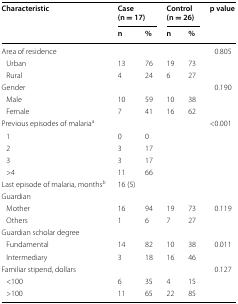
| <ROWSPAN=2> Characteristic | <COLSPAN=2> Case (n = 17) | <COLSPAN=2> Control (n = 26) | <ROWSPAN=2> p value |
 | n | % | n | % |
 | --- | --- | --- | --- | --- | --- |
 | Area of residence |  |  |  |  | 0.805 |
 | Urban | 13 | 76 | 19 | 73 |  |
 | Rural | 4 | 24 | 6 | 27 |  |
 | Gender |  |  |  |  | 0.190 |
 | Male | 10 | 59 | 10 | 38 |  |
 | Female | 7 | 41 | 16 | 62 |  |
 | Previous episodes of malariaa |  |  |  |  | <0.001 |
 | 1 | 0 | 0 |  |  |  |
 | 2 | 3 | 17 |  |  |  |
 | 3 | 3 | 17 |  |  |  |
 | >4 | 11 | 66 |  |  |  |
 | Last episode of malaria, monthsb | 16 (5) |  |  |  |  |
 | Guardian |  |  |  |  |  |
 | Mother | 16 | 94 | 19 | 73 | 0.119 |
 | Others | 1 | 6 | 7 | 27 |  |
 | Guardian scholar degree |  |  |  |  |  |
 | Fundamental | 14 | 82 | 10 | 38 | 0.011 |
 | Intermediary | 3 | 18 | 16 | 46 |  |
 | Familiar stipend, dollars |  |  |  |  | 0.127 |
 | <100 | 6 | 35 | 4 | 15 |  |
 | >100 | 11 | 65 | 22 | 85 |  |